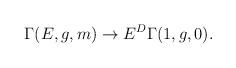
LaTeX: \begin{align*}\Gamma (E,g,m)\rightarrow E^{D}\Gamma (1,g,0).\end{align*}